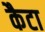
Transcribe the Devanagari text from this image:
कैटा